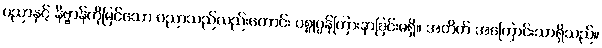
ပညာနှင့် နိဗ္ဗာန်ကိုမြင်သော ပညာသည်လည်းကောင်း ပစ္စုပ္ပန်ကြားနာခြင်းမရှိ။ အတိတ် အကြောင်းသာရှိသည်။